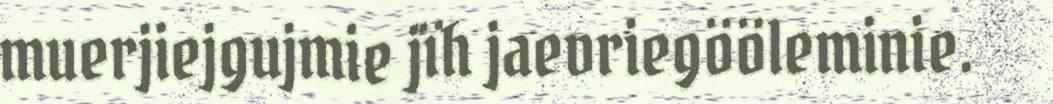
muerjiejgujmie jïh jaevriegööleminie.